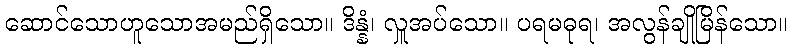
ဆောင်သောဟူသောအမည်ရှိသော။ ဒိန္နံ၊ လှူအပ်သော။ ပရမဓုရ၊ အလွန်ချိုမြိန်သော။